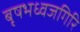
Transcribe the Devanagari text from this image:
बृषभध्वजगिरि